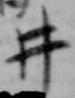
井